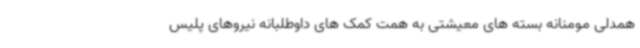
همدلی مومنانه بسته های معیشتی به همت کمک های داوطلبانه نیروهای پلیس